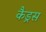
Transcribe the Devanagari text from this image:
कैड्रस